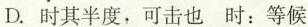
D.\underset{·}{时}其半度，可击也 时：等候